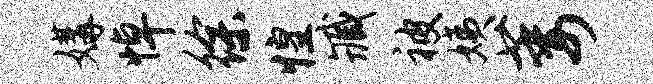
媾悼徐惶臧被姨萎